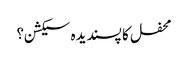
محفل کا پسندیدہ سیکشن؟